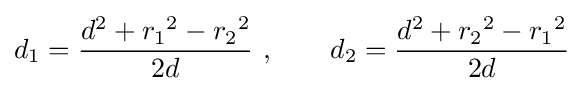
d_{1}={\frac {d^{2}+{r_{1}}^{2}-{r_{2}}^{2}}{2d}}\ ,\qquad d_{2}={\frac {d^{2}+{r_{2}}^{2}-{r_{1}}^{2}}{2d}}